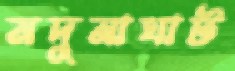
মদুনাঘাট